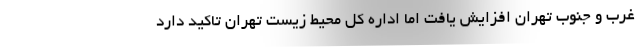
غرب و جنوب تهران افزایش یافت اما اداره کل محیط زیست تهران تاکید دارد